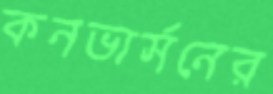
কনভার্সনের